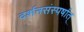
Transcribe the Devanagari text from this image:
दर्शनसंस्पर्षात्